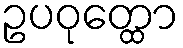
ဥပဝုတ္ထော